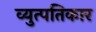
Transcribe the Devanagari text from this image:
व्युत्पतिकार